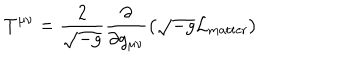
T ^ { \mu \nu } = \frac { 2 } { \sqrt { - g } } \frac { \partial } { \partial g _ { \mu \nu } } \left( \sqrt { - g } { \cal L } _ { \mathrm { m a t t e r } } \right)